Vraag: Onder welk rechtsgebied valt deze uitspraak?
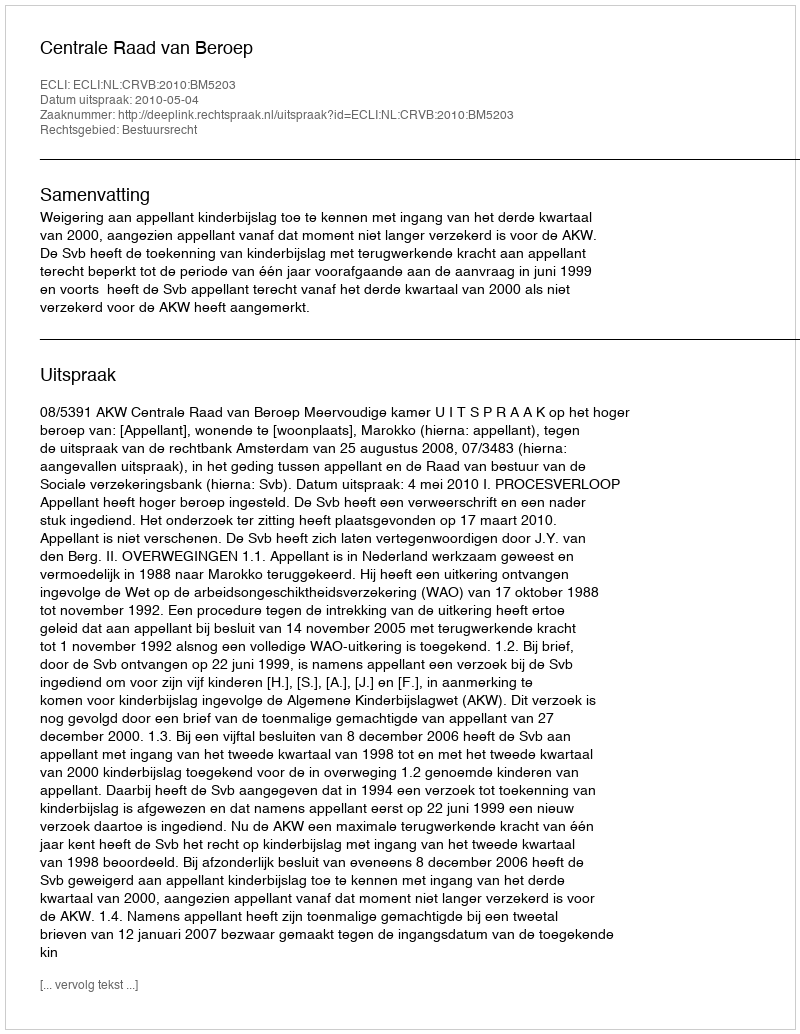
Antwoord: Bestuursrecht